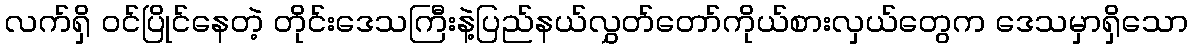
လက်ရှိ ဝင်ပြိုင်နေတဲ့ တိုင်းဒေသကြီးနဲ့ပြည်နယ်လွှတ်တော်ကိုယ်စားလှယ်တွေက ဒေသမှာရှိသော